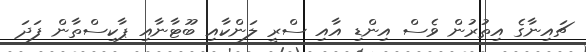
ޗައިނާގެ އިތުރުން ވެސް އިންޑި އާއި ސްރީ ލަންކާއި ބޫޓާނާއި ޕާކިސްތާން ފަދަ